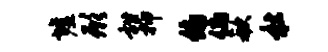
墟形甜抑俯倘欷社